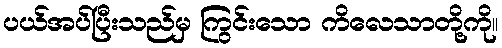
ပယ်အပ်ပြီးသည်မှ ကြွင်းသော ကိလေသာတို့ကို။